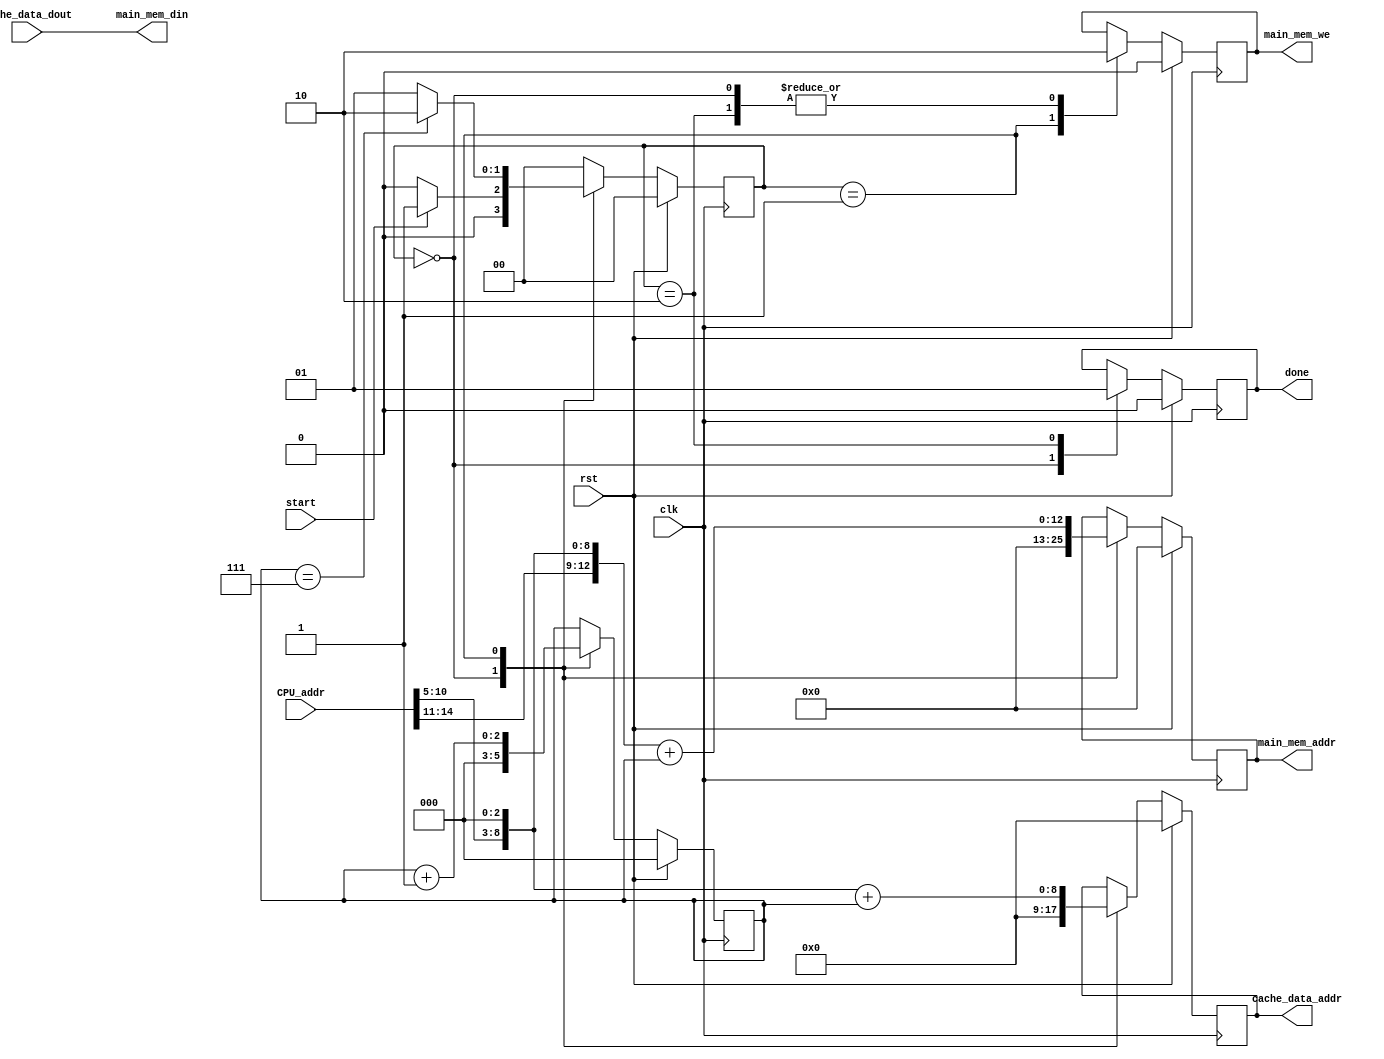
`timescale 1ns / 1ps
//////////////////////////////////////////////////////////////////////////////////
// Company: 
// Engineer: 
// 
// Design Name: 
// Module Name: writeback
// Project Name: 
// Target Devices: 
// Tool Versions: 
// Description: 
// 
// Dependencies: 
// 
// Revision:
// Revision 0.01 - File Created
// Additional Comments:
// 
//////////////////////////////////////////////////////////////////////////////////


module wback(
input wire          clk,
input wire          rst,
input wire [31:0]   CPU_addr,
output wire [31:0]  main_mem_din,
output reg          main_mem_we,
output reg [12:0]   main_mem_addr,
input wire [31:0]   cache_data_dout,
output reg [8:0]    cache_data_addr,
input wire          start,
output reg          done
    );
    
    reg [1:0]       current_state, next_state;
    reg [2:0]       counter;
    wire [5:0]      CPU_addr_index;
    
    assign CPU_addr_index = CPU_addr[10:5];
    
    assign main_mem_din = cache_data_dout;
    
    localparam  IDLE = 2'd0, TRANSFER = 2'd1, DONE = 2'd2;
    
    /* the first stage */
    always @(posedge clk)
    begin
        if( rst )
            current_state <= IDLE;
        else
            current_state <= next_state;
    end
    
    /* second stage */
    always @(*)
    begin
        next_state = IDLE;
        case( current_state )
        IDLE:   begin
                    if( start )
                        next_state = TRANSFER;
                    else
                        next_state = IDLE;
                end
        TRANSFER:   begin
                        if( counter == 3'b111)
                            next_state = DONE;
                        else
                            next_state = TRANSFER;
                    end
        DONE:   next_state = IDLE;
        default: next_state = IDLE;
        endcase
    end
    
    /* third stage */
    always @(posedge clk)
    begin
        if( rst )
        begin
            done <= 0;
            counter <= 0;
            main_mem_we <= 0;
            main_mem_addr <= 0;
            cache_data_addr <= 0;
        end
        else
        begin
            case( current_state )
            IDLE:   begin
                        done <= 0;
                        counter <= 0;
                        main_mem_we <= 0;
                        main_mem_addr <= 0;
                        cache_data_addr <= 0;
                    end
            TRANSFER:   begin
                            counter <= counter + 1;
                            cache_data_addr <= (CPU_addr_index << 3) + counter;
                            main_mem_we <= 1;
                            main_mem_addr <= (CPU_addr[31:5] << 3) + counter;
                        end
            DONE:   begin
                        main_mem_we <= 0;
                        done <= 1;
                    end
            endcase
        end
    end
    
endmodule